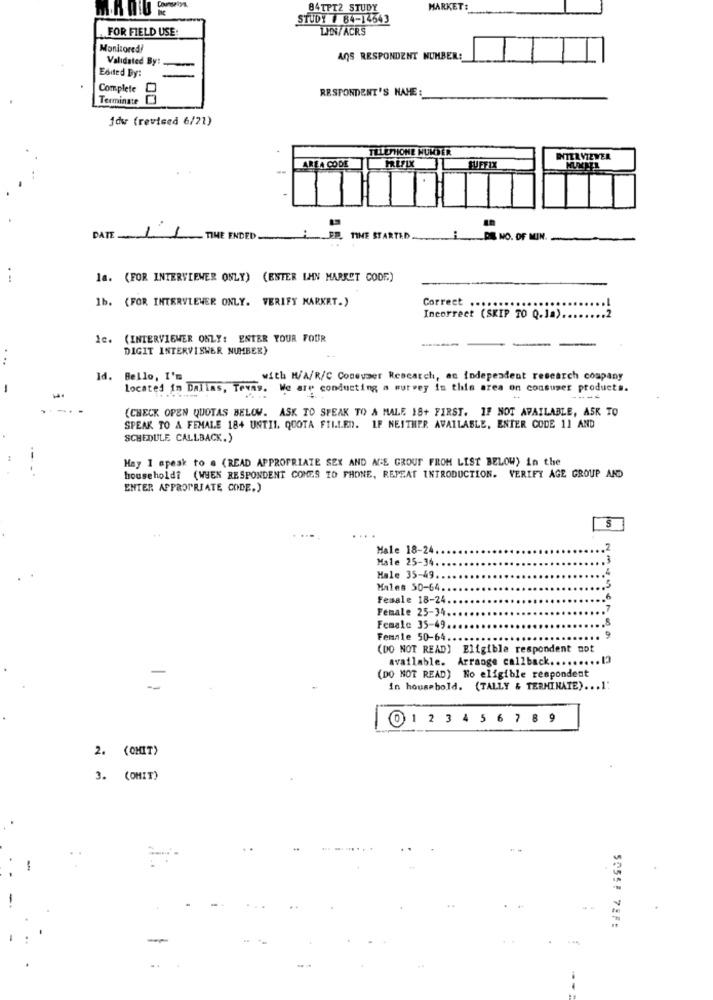
84TPT2 STUDY
MARKET:
STUDY # 84-14543
FOR FIELD USE.
LAN/ ACRS
Monitored!
Validated By:
AOS RESPONDENT NUMBER:
Edited By:
Complete
RESPONDENT'S NAME :
Terminate 03
jdw (revised 6/21)
TELEPHONE NUMBER
PREFIX
INTERVIEWER
AREA CODE
QUEFIX
MUXML
DATE
1
TIME ENDED
ER, TIME STARTED
DE NO. OF MIN.
.-
la. (FOR INTERVIEWER ONLY) (ENTER LAN MARKET CODE)
1b. (FOR INTERVIEWER ONLY. VERIFY MARKET.)
Correet
Incorrect (SKIP TO Q.1a).
.2
1c. (INTERVIEWER ONLY: ENTER YOUR FOUR
DIGIT INTERVISWER NUMBER)
Id. Bello, I'm
with M/A/R/C Consumer Research, an independent research company
located in Dallas, Texas. We are conducting a survey in this area on consumer products.
---
(CHECK OPEN QUOTAS BELOW. ASK TO SPEAK TO A MALE 18+ FIRST. IF NOT AVAILABLE, ASK TO
SPEAK TO A FEMALE 184 UNTIL QUOTA FILLED. IF NEITHER AVAILABLE, ENTER CODE 11 AND
SCHEDULE CALLBACK.)
May I speak to . (READ APPROPRIATE SEX AND AGE GROUP FROM LIST BELOW) in the
household? (WHEN RESPONDENT COMES TO PHONE, REPEAT INTRODUCTION. VERIFY AGE GROUP AND
ENTER APPROPRIATE CODE.)
... .
Male 18-24.
2
Male 25-34.
.. 3
.4
Male 35-49
Males 50-64.
.. 5
Female 18-24.
.6
Female 25-34.
.7
Female 35-49.
9
Female 50-64.
(DO NOT READ) Eligible respondent not
available. Arrange callback ....
(DO NOT READ) No eligible respondent
in household. (TALLY & TERMINATE) ... 1:
01 23456 7 89
2. (CHIT)
3. (DHIT)
-
5055# 78F: